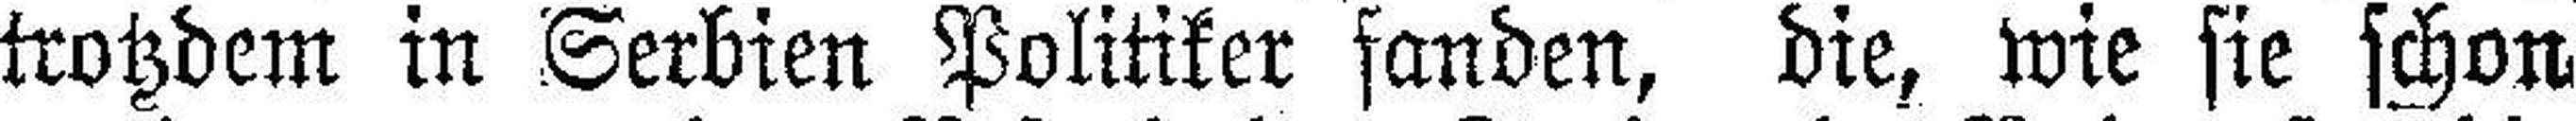
trotzdem in Serbien Politiker fanden, die, wie sie schon